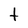
Character: t